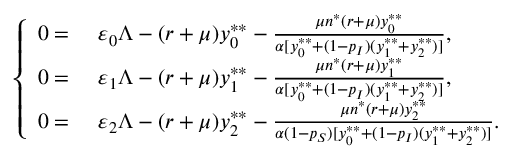
\left\{ \begin{array} { r l } { 0 = } & { ~ \varepsilon _ { 0 } \Lambda - ( r + \mu ) y _ { 0 } ^ { * * } - \frac { \mu n ^ { * } ( r + \mu ) y _ { 0 } ^ { * * } } { \alpha [ y _ { 0 } ^ { * * } + ( 1 - p _ { I } ) ( y _ { 1 } ^ { * * } + y _ { 2 } ^ { * * } ) ] } , } \\ { 0 = } & { ~ \varepsilon _ { 1 } \Lambda - ( r + \mu ) y _ { 1 } ^ { * * } - \frac { \mu n ^ { * } ( r + \mu ) y _ { 1 } ^ { * * } } { \alpha [ y _ { 0 } ^ { * * } + ( 1 - p _ { I } ) ( y _ { 1 } ^ { * * } + y _ { 2 } ^ { * * } ) ] } , } \\ { 0 = } & { ~ \varepsilon _ { 2 } \Lambda - ( r + \mu ) y _ { 2 } ^ { * * } - \frac { \mu n ^ { * } ( r + \mu ) y _ { 2 } ^ { * * } } { \alpha ( 1 - p _ { S } ) [ y _ { 0 } ^ { * * } + ( 1 - p _ { I } ) ( y _ { 1 } ^ { * * } + y _ { 2 } ^ { * * } ) ] } . } \end{array} \right.